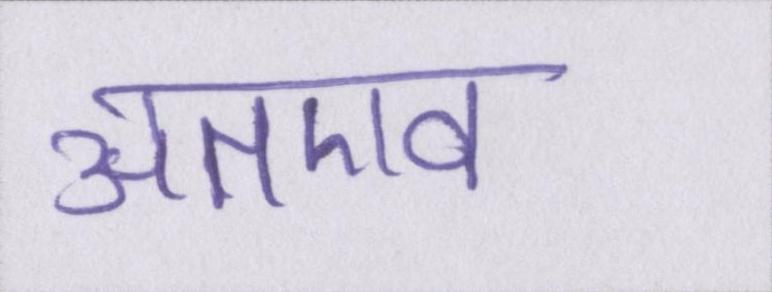
अतएव